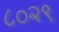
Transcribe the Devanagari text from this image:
८०२९